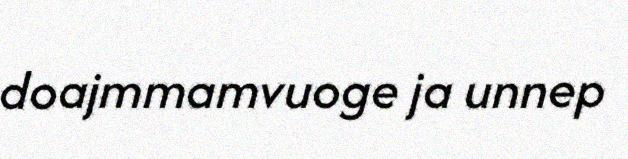
doajmmamvuoge ja unnep